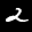
Label: 2